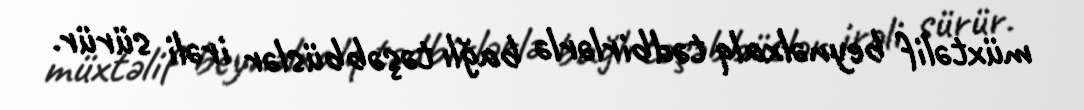
müxtəlif beynəlxalq tədbirlərlə bağlı təşəbbüslər irəli sürür.